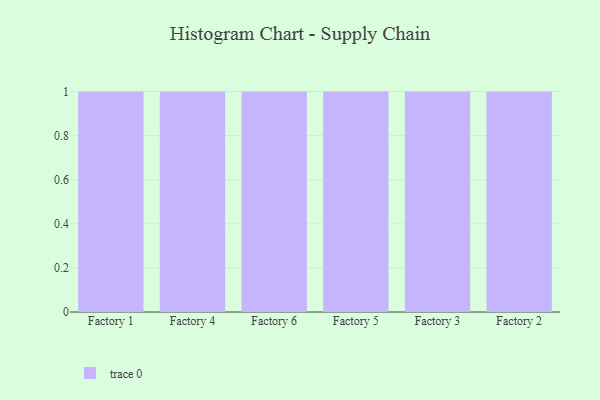
{"axis": {"x": "Factory", "y": "Budget (USD K)"}, "legend": [""], "data": [{"x": "Factory 1", "y": 60, "type": ""}, {"x": "Factory 4", "y": 38, "type": ""}, {"x": "Factory 6", "y": 40, "type": ""}, {"x": "Factory 5", "y": 22, "type": ""}, {"x": "Factory 3", "y": 14, "type": ""}, {"x": "Factory 2", "y": 30, "type": ""}]}